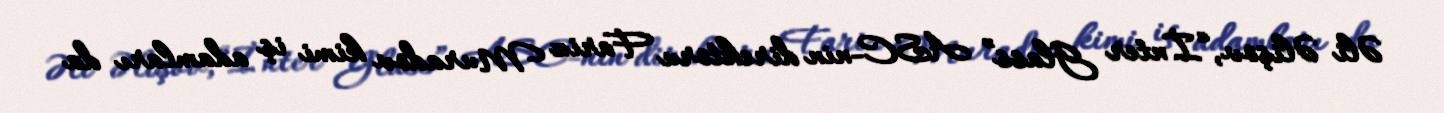
Əli Əlişov, “İnter Glass” ASC-nin direktoru Fariz Muradov kimi iş adamları da